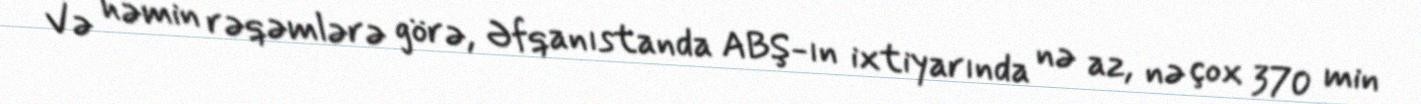
Və həmin rəqəmlərə görə, Əfqanıstanda ABŞ-ın ixtiyarında nə az, nə çox 370 min